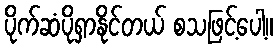
ပိုက်ဆံပိုရှာနိုင်တယ် စသဖြင့်ပေါ့။